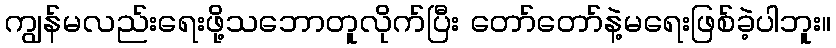
ကျွန်မလည်းရေးဖို့သဘောတူလိုက်ပြီး တော်တော်နဲ့မရေးဖြစ်ခဲ့ပါဘူး။